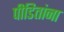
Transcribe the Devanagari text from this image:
पीडितांना